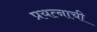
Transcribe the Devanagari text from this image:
प्रयत्नाची